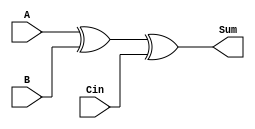
module Adder(
input 	A, B, Cin,
output	Sum);

	assign Sum = ((A ^ B) ^ Cin);
	
endmodule